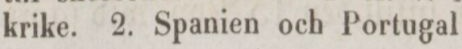
krike. 2. Spanien och Portugal 1: ”